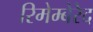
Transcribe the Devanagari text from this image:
रिमेम्बेरेद